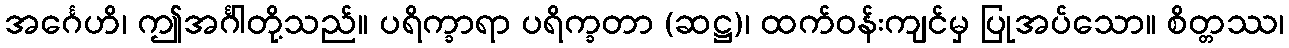
အင်္ဂေဟိ၊ ဤအင်္ဂါတို့သည်။ ပရိက္ခာရာ ပရိက္ခတာ (ဆဋ္ဌ)၊ ထက်ဝန်းကျင်မှ ပြုအပ်သော။ စိတ္တဿ၊